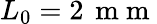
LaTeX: L_{0}=2\, \mathrm{~m~m~}